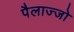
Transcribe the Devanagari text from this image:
पैलाज्जो